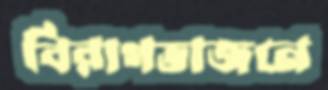
বিরাগভাজনে